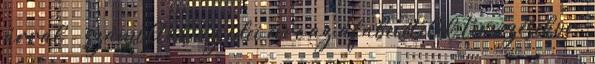
árral - számoltak az idei évre az áfabevételek tervezésekor.